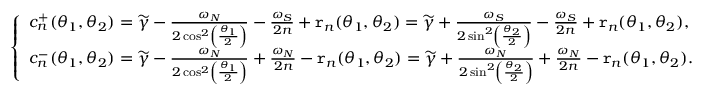
\left\{ \begin{array} { l l } { c _ { n } ^ { + } ( \theta _ { 1 } , \theta _ { 2 } ) = \widetilde { \gamma } - \frac { \omega _ { N } } { 2 \cos ^ { 2 } \left( \frac { \theta _ { 1 } } { 2 } \right) } - \frac { \omega _ { S } } { 2 n } + \mathtt { r } _ { n } ( \theta _ { 1 } , \theta _ { 2 } ) = \widetilde { \gamma } + \frac { \omega _ { S } } { 2 \sin ^ { 2 } \left( \frac { \theta _ { 2 } } { 2 } \right) } - \frac { \omega _ { S } } { 2 n } + \mathtt { r } _ { n } ( \theta _ { 1 } , \theta _ { 2 } ) , } \\ { c _ { n } ^ { - } ( \theta _ { 1 } , \theta _ { 2 } ) = \widetilde { \gamma } - \frac { \omega _ { N } } { 2 \cos ^ { 2 } \left( \frac { \theta _ { 1 } } { 2 } \right) } + \frac { \omega _ { N } } { 2 n } - \mathtt { r } _ { n } ( \theta _ { 1 } , \theta _ { 2 } ) = \widetilde { \gamma } + \frac { \omega _ { N } } { 2 \sin ^ { 2 } \left( \frac { \theta _ { 2 } } { 2 } \right) } + \frac { \omega _ { N } } { 2 n } - \mathtt { r } _ { n } ( \theta _ { 1 } , \theta _ { 2 } ) . } \end{array} \right.